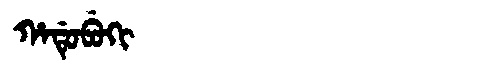
Manchu: ᡥᠠᡩᡠᠪᡠᡴᡳ
Romanization: HADUBUKI